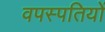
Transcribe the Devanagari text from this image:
वपस्पतियों